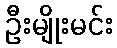
ဦးမျိုးမင်း